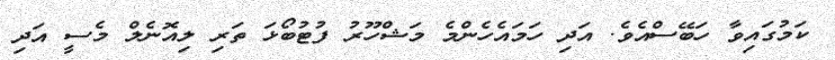
ކަމުގައިވާ ހަބޭސްއެވެ. އަދި ހަމައެހެންމެ މަޝްހޫރު ފުޓުބޯޅަ ތަރި ލިއޮނެލް މެސީ އަދި